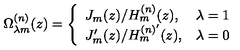
\Omega _ { \lambda m } ^ { ( n ) } ( z ) = \left\{ \begin{array} { l l } { J _ { m } ( z ) / H _ { m } ^ { ( n ) } ( z ) , } & { \lambda = 1 } \\ { J _ { m } ^ { \prime } ( z ) / H _ { m } ^ { ( n ) ^ { \prime } } ( z ) , } & { \lambda = 0 } \\ \end{array} \right.